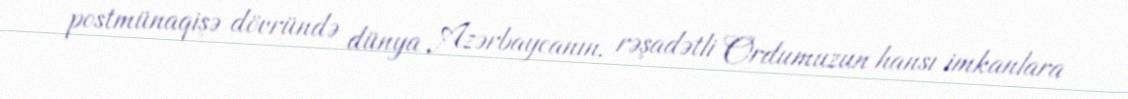
postmünaqişə dövründə dünya Azərbaycanın, rəşadətli Ordumuzun hansı imkanlara